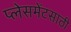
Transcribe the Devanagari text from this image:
प्लेसमेंटसाठी